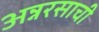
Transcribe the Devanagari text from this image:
अन्नरसाची